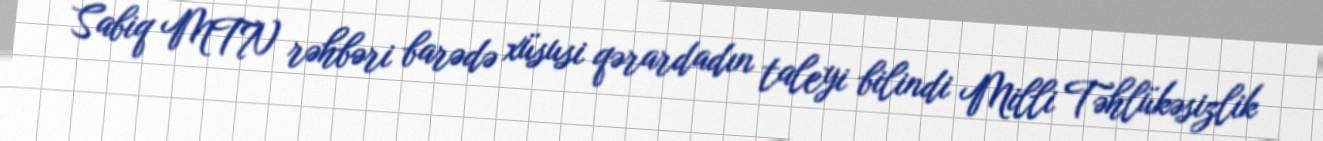
Sabiq MTN rəhbəri barədə xüsusi qərardadın taleyi bilindi Milli Təhlükəsizlik